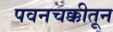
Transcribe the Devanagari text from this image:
पवनचक्कीतून